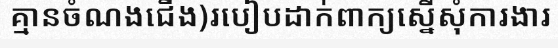
គ្មានចំណងជើង)របៀបដាក់ពាក្យស្នើសុំការងារ